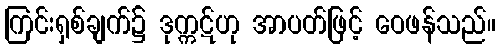
ကြင်းရှစ်ချက်၌ ဒုက္ကဋ်ဟု အာပတ်ဖြင့် ဝေဖန်သည်။